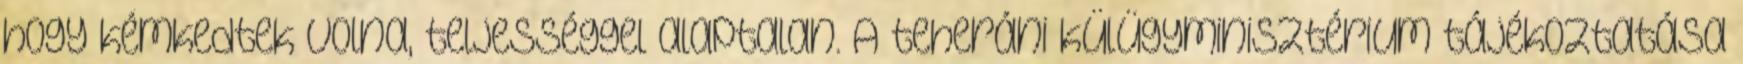
hogy kémkedtek volna, teljességgel alaptalan. A teheráni külügyminisztérium tájékoztatása